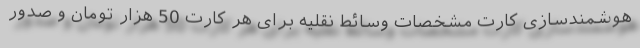
هوشمندسازی کارت مشخصات وسائط نقلیه برای هر کارت 50 هزار تومان و صدور